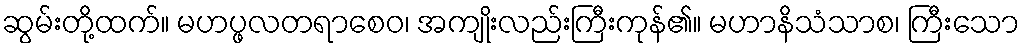
ဆွမ်းတို့ထက်။ မဟပ္ဖလတရာစေဝ၊ အကျိုးလည်းကြီးကုန်၏။ မဟာနိသံသာစ၊ ကြီးသော